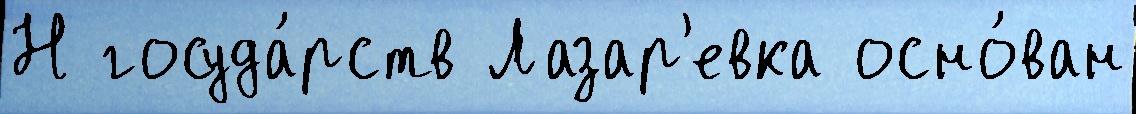
Н госуда́рств Лазар'евка осно́ван